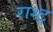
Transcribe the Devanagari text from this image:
राश्ट्र